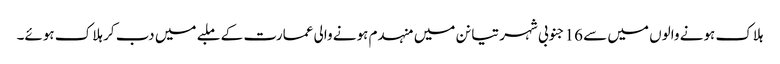
ہلاک ہونے والوں میں سے 16 جنوبی شہر تیانن میں منہدم ہونے والی عمارت کے ملبے میں دب کر ہلاک ہوئے۔